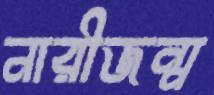
নারীজন্ম